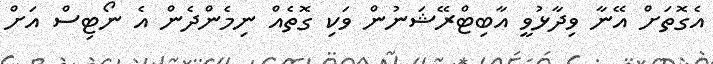
އެގޮތަށް އޭނާ ވިދާޅުވީ އާބިޓްރޭޝަނުން ވަކި ގޮތެއް ނިމެންދެން އެ ނޯޓިސް އަށް